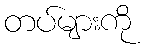
တပ်များကို